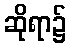
ဆိုရာ၌